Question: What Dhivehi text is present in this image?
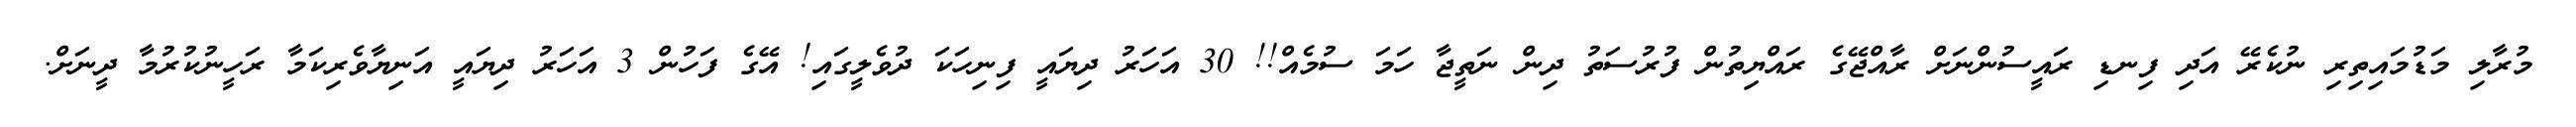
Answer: މުރާލި މަޑުމައިތިރި ނުކެރޭ އަދި ފިނޑި ރައީސުންނަށް ރާއްޖޭގެ ރައްޔިތުން ފުރުސަތު ދިން ނަތީޖާ ހަމަ ސުމެއް!! 30 އަހަރު ދިޔައީ ފިނިހަކަ ދުވެލީގައި! އޭގެ ފަހުން 3 އަހަރު ދިޔައީ އަނިޔާވެރިކަމާ ރަހީނުކުރުމާ ދީނަށް.